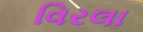
વિરલા